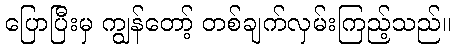
ပြောပြီးမှ ကျွန်တော့် တစ်ချက်လှမ်းကြည့်သည်။